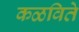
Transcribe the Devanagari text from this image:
कळविते